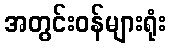
အတွင်းဝန်များရုံး